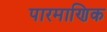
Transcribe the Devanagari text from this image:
पारमाणिक